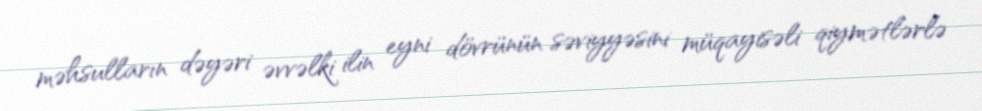
məhsulların dəyəri əvvəlki ilin eyni dövrünün səviyyəsini müqayisəli qiymətlərlə